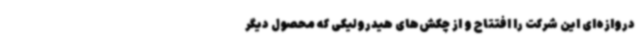
دروازه‌ای این شرکت را افتتاح و از چکش‌های هیدرولیکی که محصول دیگر